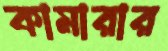
কামারার